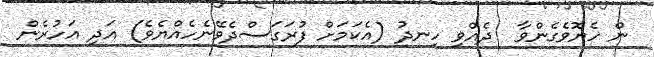
ން ހެޔޮވެގެންވާ  ދެއްވި ހިނދު (އެކަމަށް ފުރަގަސްދެވޭނެހެއްޔެވެ) އަދި އަހުރެން